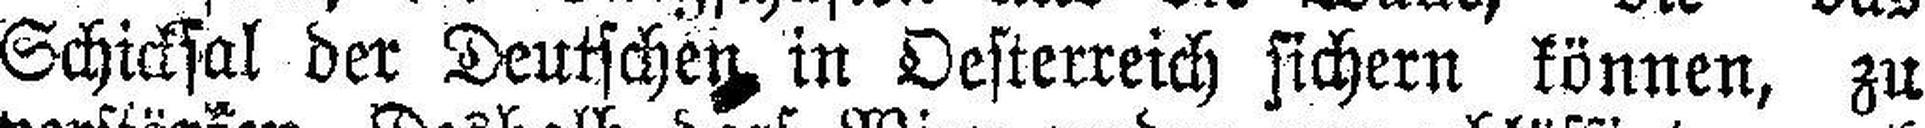
Schicksal der Deutschen in Oesterreich sichern können, zu